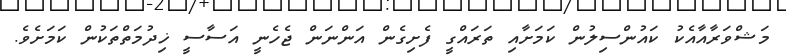
މަޝްވަރާއާއެކު ކައުންސިލުން ކަމަށާއި ތަރައްގީ ފެށިގެން އަންނަން ޖެހެނީ އަސާސީ ޚިދުމަތްތަކުން ކަމަށެވެ.